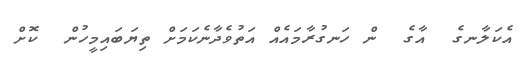
އެކަލާނގެ  އާގެ  ން ހަނގުރާމައެއް އަތުވެދާނެކަމަށް ތިޔަބައިމީހުން  ކޮށް